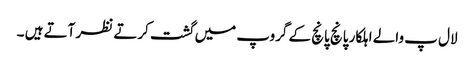
لال پ والے اہلکار پانچ پانچ کے گروپ میں گشت کرتے نظر آتے ہیں ۔